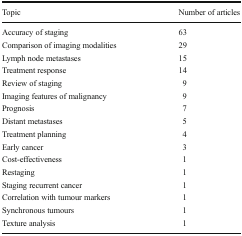
<table><thead><tr><td><b>Topic</b></td><td><b>Number of articles</b></td></tr></thead><tbody><tr><td>Accuracy of staging</td><td>63</td></tr><tr><td>Comparison of imaging modalities</td><td>29</td></tr><tr><td>Lymph node metastases</td><td>15</td></tr><tr><td>Treatment response</td><td>14</td></tr><tr><td>Review of staging</td><td>9</td></tr><tr><td>Imaging features of malignancy</td><td>9</td></tr><tr><td>Prognosis</td><td>7</td></tr><tr><td>Distant metastases</td><td>5</td></tr><tr><td>Treatment planning</td><td>4</td></tr><tr><td>Early cancer</td><td>3</td></tr><tr><td>Cost-effectiveness</td><td>1</td></tr><tr><td>Restaging</td><td>1</td></tr><tr><td>Staging recurrent cancer</td><td>1</td></tr><tr><td>Correlation with tumour markers</td><td>1</td></tr><tr><td>Synchronous tumours</td><td>1</td></tr><tr><td>Texture analysis</td><td>1</td></tr></tbody></table>